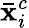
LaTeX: \mathbf{\bar{x}}_{i}^{c}